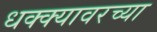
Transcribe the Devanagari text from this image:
धक्क्यावरच्या